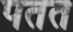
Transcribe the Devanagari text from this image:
पतत